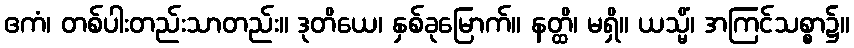
ဧကံ၊ တစ်ပါးတည်းသာတည်း။ ဒုတိယေ၊ နှစ်ခုမြောက်။ နတ္ထိ၊ မရှိ။ ယသ္မိံ၊ အကြင်သစ္စာ၌။